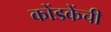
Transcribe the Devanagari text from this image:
कोंडकेंची